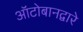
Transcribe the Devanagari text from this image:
ऑटोबानद्वारे